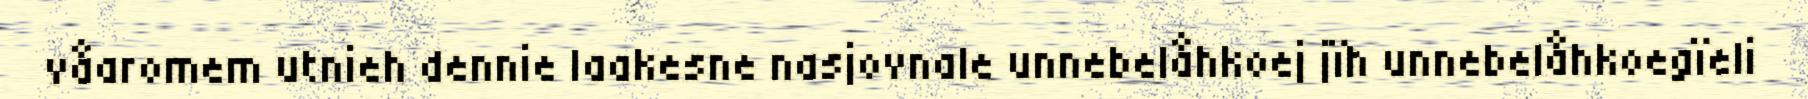
våaromem utnieh dennie laakesne nasjovnale unnebelåhkoej jïh unnebelåhkoegïeli